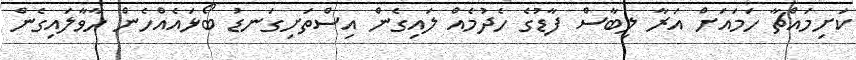
ކަށިމައްޗާ ހަމައަށް އަރާ ލިބާސް ފާޑުގެ ހެދުމެއް ލައިގެން އިސްތަށިގަނޑު ބޯޅައެއްހެން ހާވާލައިގެން